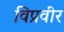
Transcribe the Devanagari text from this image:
विप्रवीर